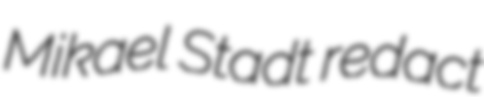
Mikael Stadt redact